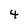
Character: 4